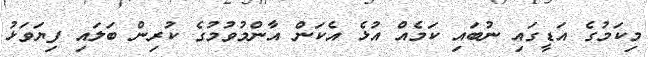
މިކަމުގެ އަޑީގައި ނުބައި ކަމެއް އުޅެ އެކަން އާންމުވުމުގެ ކުރިން ބަލައި ފިޔަވަޅު